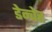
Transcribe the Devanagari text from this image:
डेन्वेर